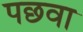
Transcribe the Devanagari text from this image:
पछवा